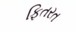
ફિતરત